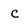
Character: c